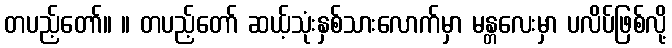
တပည့်တော်။ ။ တပည့်တော် ဆယ့်သုံးနှစ်သားလောက်မှာ မန္တလေးမှာ ပလိပ်ဖြစ်လို့